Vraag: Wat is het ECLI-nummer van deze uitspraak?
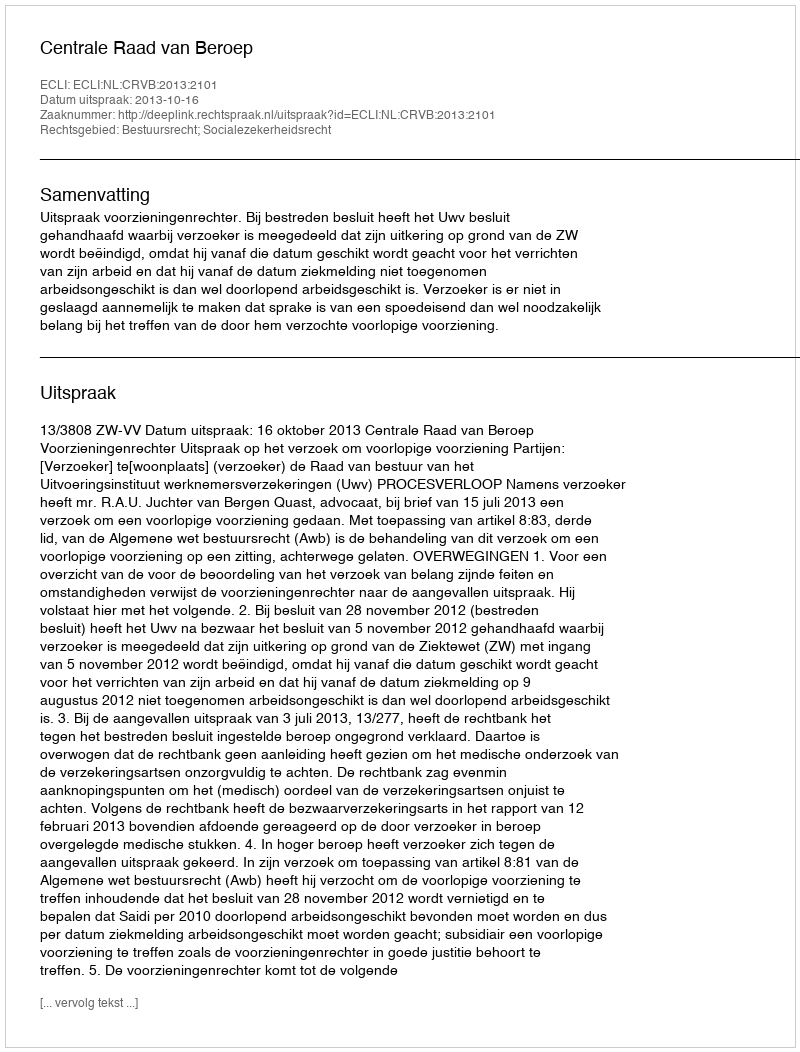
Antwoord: ECLI:NL:CRVB:2013:2101